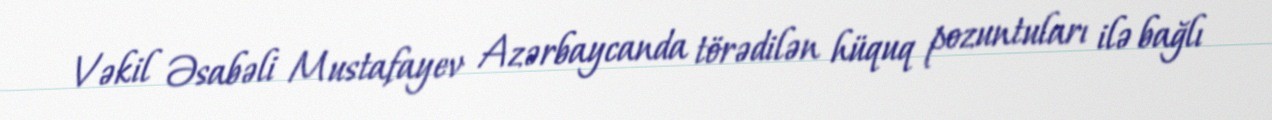
Vəkil Əsabəli Mustafayev Azərbaycanda törədilən hüquq pozuntuları ilə bağlı